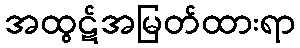
အထွဋ်အမြတ်ထားရာ